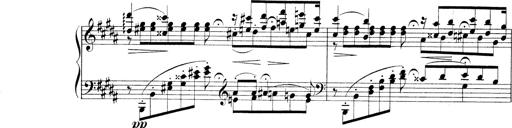
Title: 3 Ã‰tudes de concert
Composer: Franz Liszt